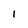
Character: 1